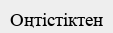
Оңтістіктен